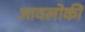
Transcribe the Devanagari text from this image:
आवलोकीं